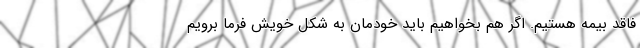
فاقد بیمه هستیم. اگر هم بخواهیم باید خودمان به شکل خویش فرما برویم